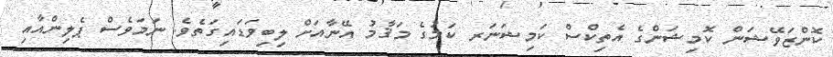
ކޮންޒަވޭޝަން ކޮމިޝަންގެ އެތިކްސް ކަމިޝަނަރ ކަމުގެ މަޤާމު އޭނާއަށް ލިބިވަޑައިގަތެވެ. ނަމަވެސް ޕެލިންއާއި